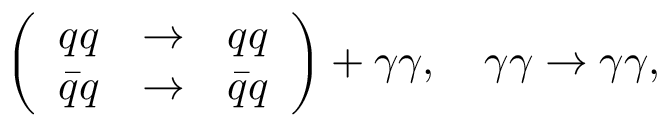
\left( \begin{array} { c c c } { { q q } } & { { \to } } & { { q q } } \\ { { \bar { q } q } } & { { \to } } & { { \bar { q } q } } \end{array} \right) + \gamma \gamma , \quad \gamma \gamma \to \gamma \gamma ,